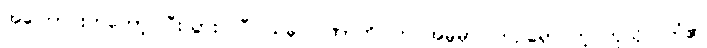
အကြောင်းကတော့ ပြီးသွားပါပြီ၊ ယခု ပါဏာတိပါတ အမှုမှာ ကြဉ်ရှောင်တဲ့ ကုသိုလ်ကံ၏